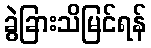
ခွဲခြားသိမြင်ရန်